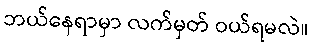
ဘယ်နေရာမှာ လက်မှတ် ဝယ်ရမလဲ။